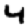
Digit: 4